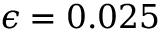
\epsilon = 0 . 0 2 5